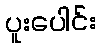
ပူးပေါင်း